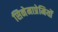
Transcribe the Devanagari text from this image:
सिनेमाप्रेमियों